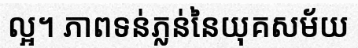
ល្អ។ ភាពទន់ភ្លន់នៃយុគសម័យ